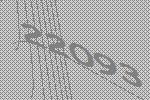
22093